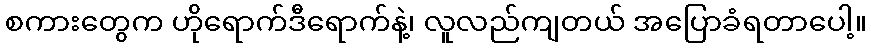
စကားတွေက ဟိုရောက်ဒီရောက်နဲ့၊ လူလည်ကျတယ် အပြောခံရတာပေါ့။